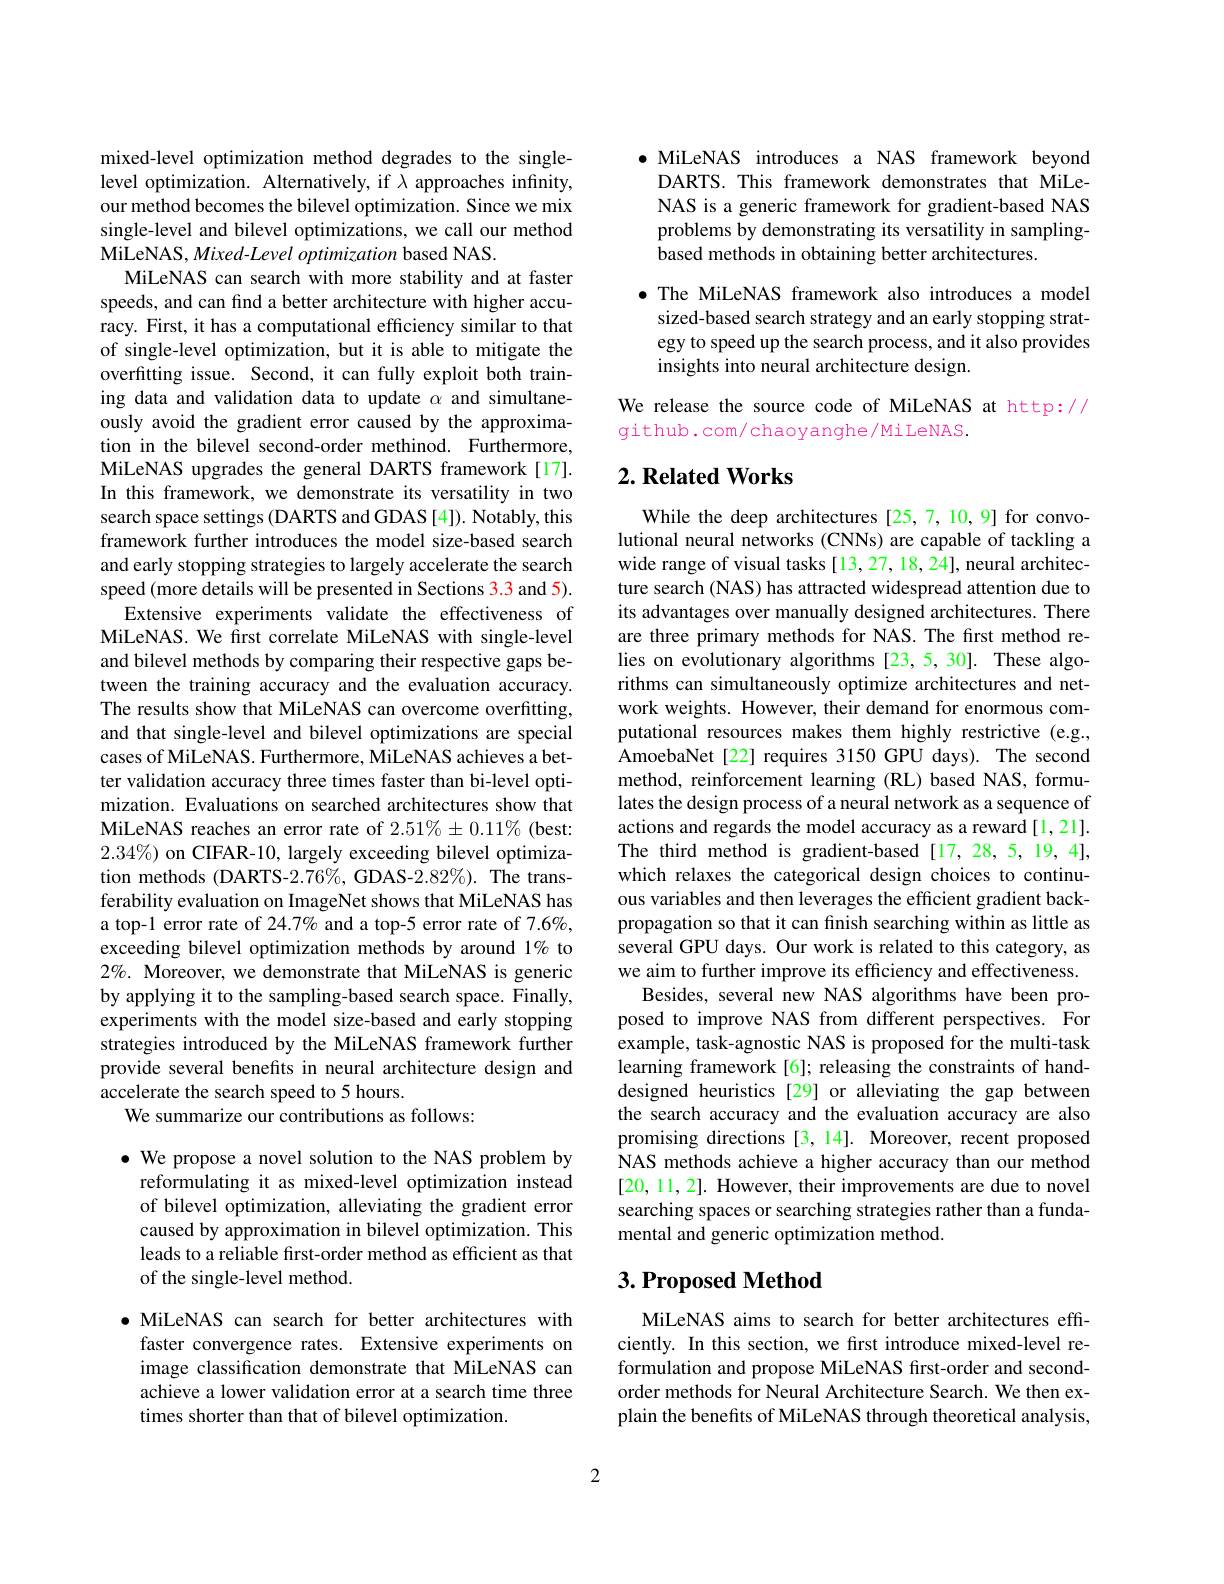
mixed-level optimization method degrades to the singlelevel optimization. Alternatively, if $\lambda$ approaches infinity, our method becomes the bilevel optimization. Since we mix single-level and bilevel optimizations, we call our method MiLeNAS, Mixed-Level optimization based NAS.
MiLeNAS can search with more stability and at faster speeds, and can find a better architecture with higher accuracy. First, it has a computational efficiency similar to that of single-level optimization, but it is able to mitigate the overfitting issue. Second, it can fully exploit both training data and validation data to update $\alpha$ and simultaneously avoid the gradient error caused by the approximation in the bilevel second-order methinod. Furthermore, MiLeNAS upgrades the general DARTS framework[17]. In this framework, we demonstrate its versatility in two search space settings (DARTS and GDAS [4]). Notably, this framework further introduces the model size-based search and early stopping strategies to largely accelerate the search speed (more details will be presented in Sections 3.3 and 5).
Extensive experiments validate the effectiveness of MiLeNAS. We first correlate MiLeNAS with single-level and bilevel methods by comparing their respective gaps between the training accuracy and the evaluation accuracy. The results show that MiLeNAS can overcome overfitting, and that single-level and bilevel optimizations are special cases of MiLeNAS. Furthermore, MiLeNAS achieves a better validation accuracy three times faster than bi-level optimization. Evaluations on searched architectures show that MiLeNAS reaches an error rate of $2.51\%\pm0.11\%$ (best: $2.34\%)$ on CIFAR-10, largely exceeding bilevel optimization methods (DARTS-2.76%, GDAS-2.82%). The transferability evaluation on ImageNet shows that MiLeNAS has a top-1 error rate of 24.7% and a top-5 error rate of 7.6%, exceeding bilevel optimization methods by around 1% to $2\%.$ Moreover, we demonstrate that MiLeNAS is generic by applying it to the sampling-based search space. Finally, experiments with the model size-based and early stopping strategies introduced by the MiLeNAS framework further provide several benefits in neural architecture design and accelerate the search speed to 5 hours.
We summarize our contributions as follows:

$\bullet$ We propose a novel solution to the NAS problem by reformulating it as mixed-level optimization instead of bilevel optimization, alleviating the gradient error caused by approximation in bilevel optimization. This leads to a reliable first-order method as efficient as that of the single-level method.

$\bullet$ MiLeNAS can search for better architectures with
faster convergence rates. Extensive experiments on image classification demonstrate that MiLeNAS can achieve a lower validation error at a search time three times shorter than that of bilevel optimization.

$\bullet$ MiLeNAS introduces a NAS framework beyond DARTS. This framework demonstrates that MiLeNAS is a generic framework for gradient-based NAS problems by demonstrating its versatility in samplingbased methods in obtaining better architectures.

$\bullet$ The MiLeNAS framework also introduces a model sized-based search strategy and an early stopping strategy to speed up the search process, and it also provides insights into neural architecture design.

We release the source code of MiLeNAS at http://
github. com/ chaoyanghe/Mi LeNAS.

# $2. \textbf{ Related Works}$

While the deep architectures [25,7,10,9] for convolutional neural networks (CNNs) are capable of tackling a wide range of visual tasks [13,27,18,24], neural architecture search (NAS) has attracted widespread attention due to its advantages over manually designed architectures. There are three primary methods for NAS. The first method relies on evolutionary algorithms [23,5,30]. These algorithms can simultaneously optimize architectures and network weights. However, their demand for enormous computational resources makes them highly restrictive (e.g., AmoebaNet[22] requires 3150 GPU days). The second method, reinforcement learning (RL) based NAS, formulates the design process of a neural network as a sequence of actions and regards the model accuracy as a reward [1,21]. The third method is gradient-based[17,28,5,19,4], which relaxes the categorical design choices to continuous variables and then leverages the efficient gradient backpropagation so that it can finish searching within as little as several GPU days. Our work is related to this category, as we aim to further improve its efficiency and effectiveness.
Besides, several new NAS algorithms have been proposed to improve NAS from different perspectives. For example, task-agnostic NAS is proposed for the multi-task learning framework [6]; releasing the constraints of handdesigned heuristics [29] or alleviating the gap between the search accuracy and the evaluation accuracy are also promising directions [3,14]. Moreover, recent proposed NAS methods achieve a higher accuracy than our method [20,11,2]. However, their improvements are due to novel searching spaces or searching strategies rather than a fundamental and generic optimization method.

## $3. \textbf{Proposed Method}$

MiLeNAS aims to search for better architectures effciently. In this section, we first introduce mixed-level reformulation and propose MiLeNAS first-order and secondorder methods for Neural Architecture Search. We then explain the benefits of MiLeNAS through theoretical analysis,

2